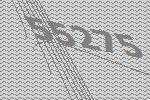
55275